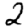
Digit: 2